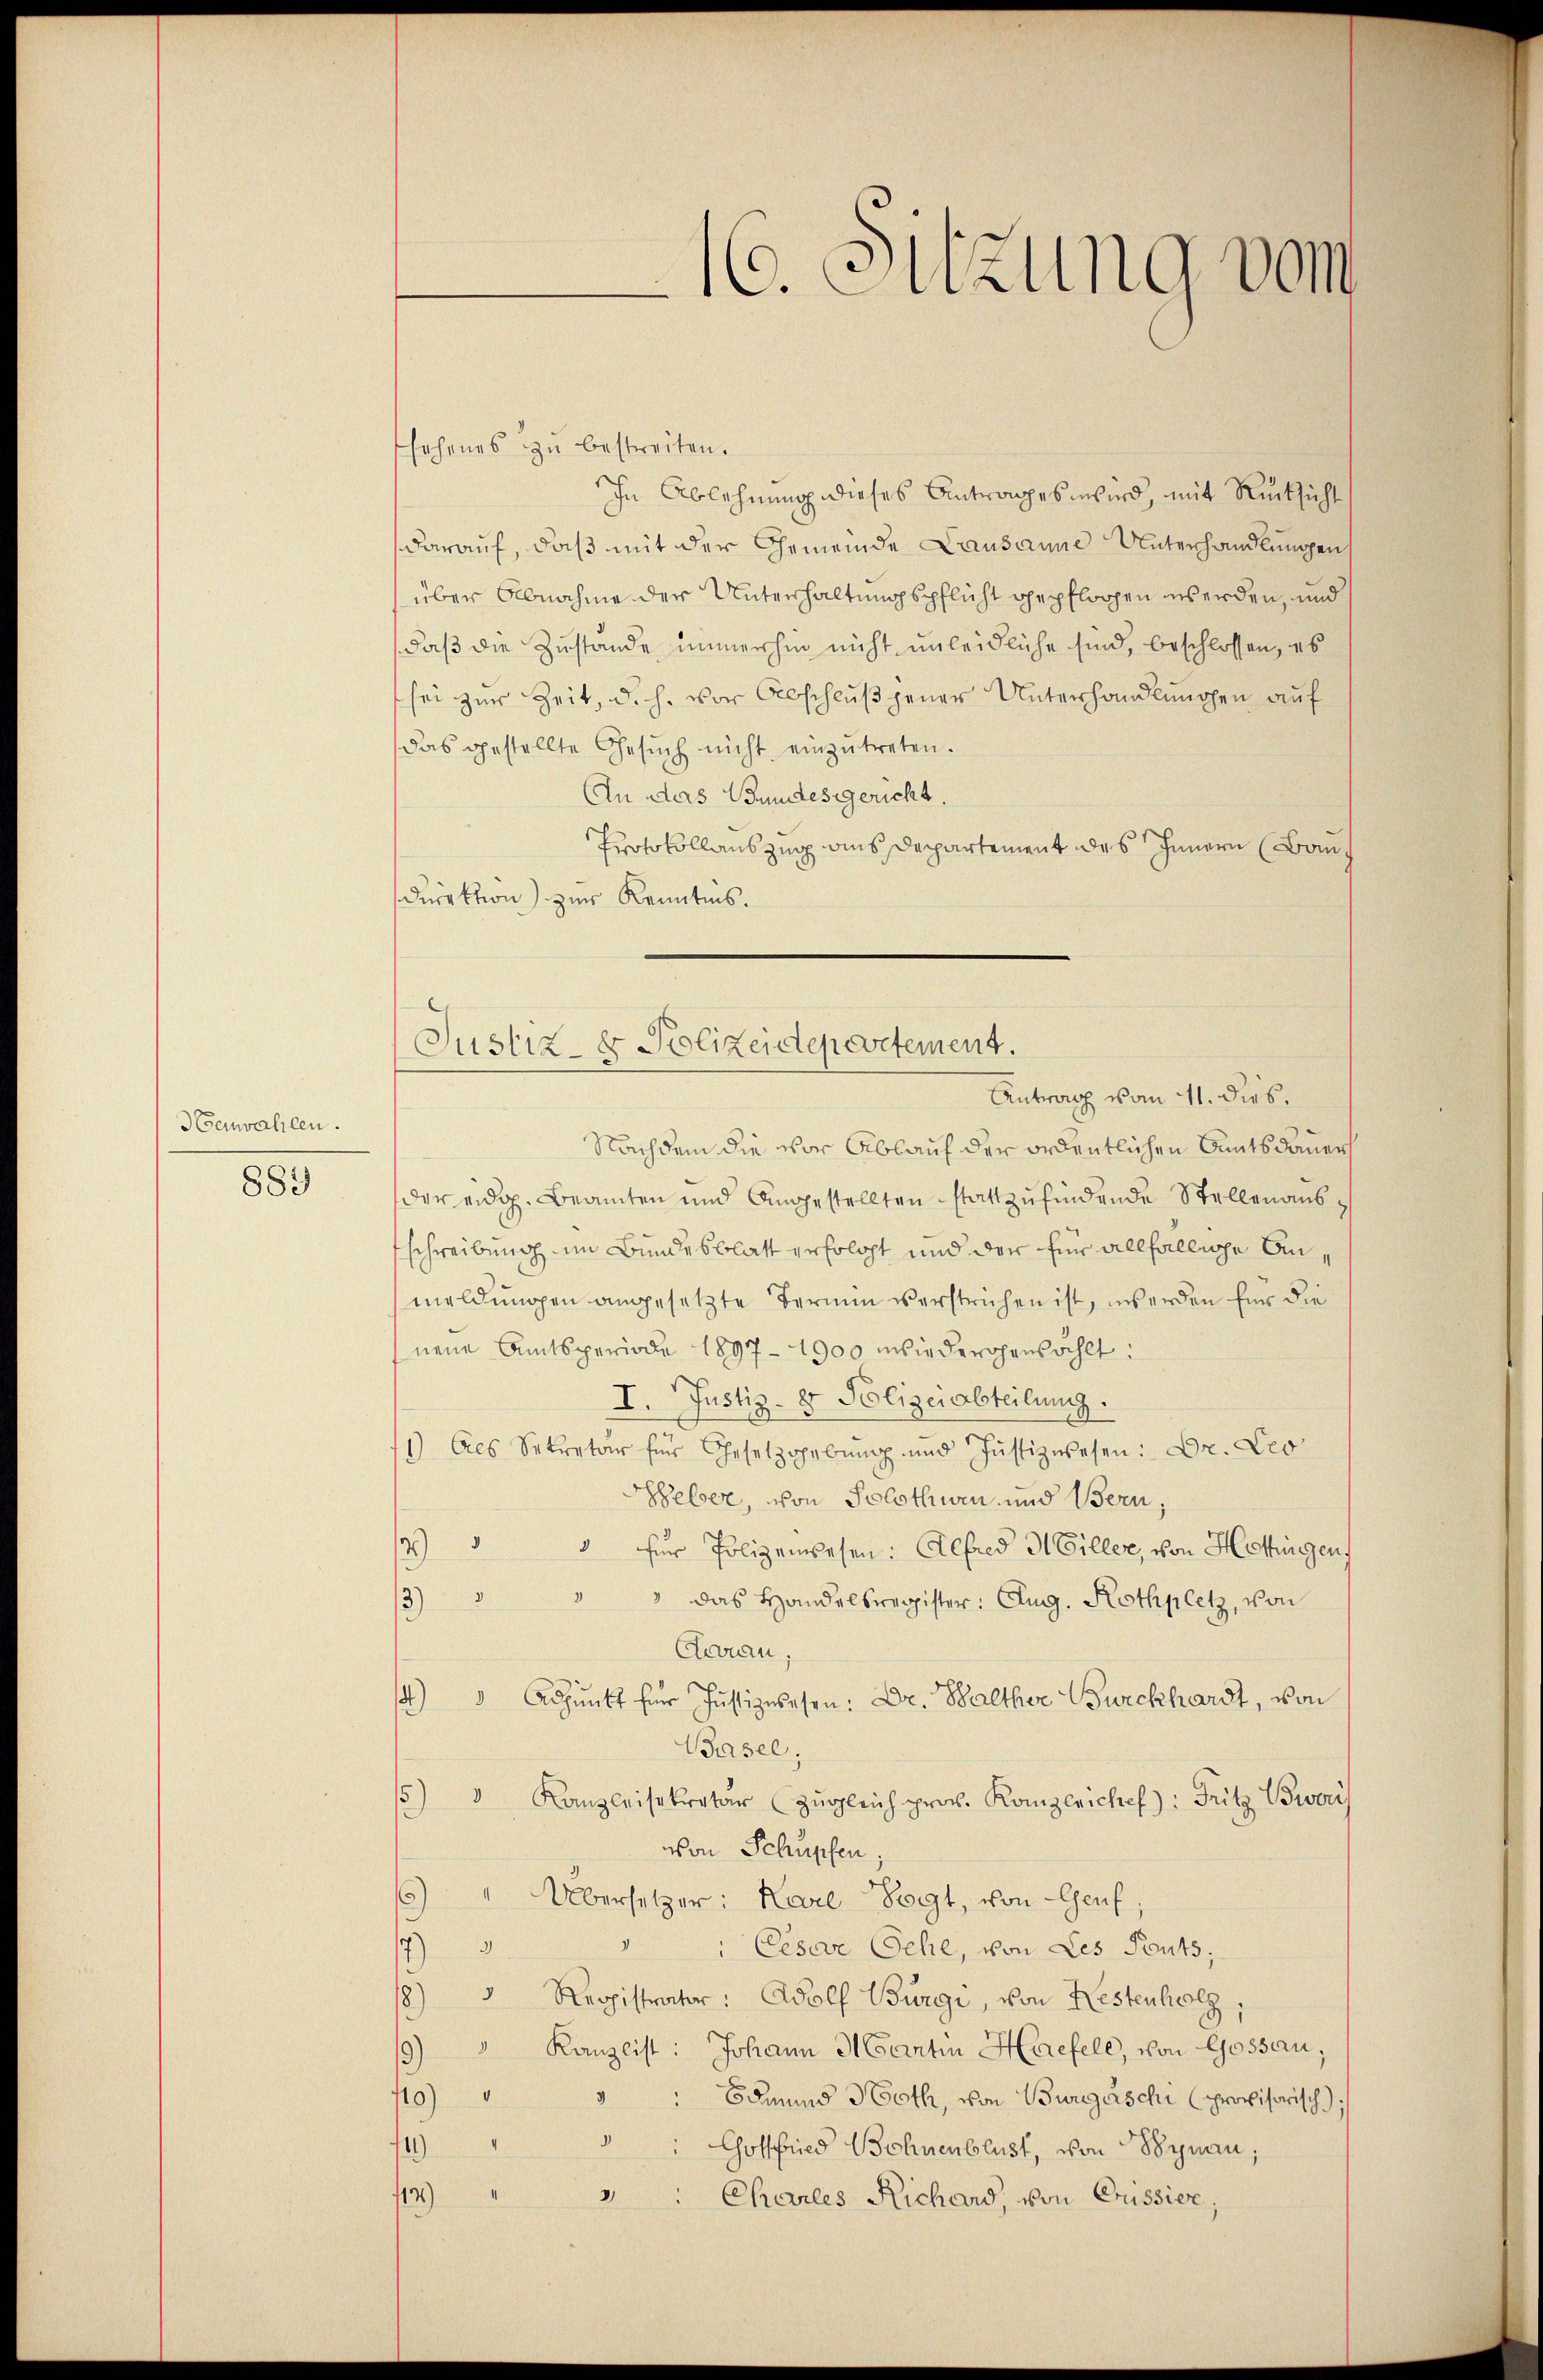
Henwahlen.
889

sehenes zŭ bestreiten.
In Ablehnung dieses Antrages wird, mit Rücksicht
darauf, daß mit der Gemeinde Lausanne Unterhandlungen
über Abnahme der Unterhaltungspflicht gepflossen werden, und
daß die Zustande immerhin nicht unleidliche sind, beschlossen, es
sei zur Zeit, d. h. vor Abschluß jener Unterhandlungen auf
das gestellte Gesŭch nicht einzŭtreten.
An das Bundesgericht.
Protokollauszug aus Departement des Innern (Bau
Direktion) zur Kenntnis.
Nachdem die vor Ablauf der ordentlichen Amtsdauer
der eidg. Beamten und Angestellten stattzufindende Stellenausschreibung im Bundesblatt erfolgt und der für allfällige Anmeldungen angesetzte Termin verstrichen ist, werden für die
neue Amtsperiode 1897-1900 wiederohenzählt:
I. Justiz- & Polizeiabteilung.
1) Als Sekretär für Gesetzgebung und Justizwesen: Dr. Leo
Heber, von Solothurn und Bern,
/2) " " für Polizeiwesen: Alfred H Ciller, von Hottingen
3) " " " das Handelsregister: Aug. Rothplatz, von
Caran,
4) " Adjunkt für Justizwesen: Dr. Balther Burckhardt, von
Basel,
5) " Kanzleisekretär (Zŭgleich prov. Kanzleichef): Fritz Bwais
i
von Schupfen
6) " Übersetzer: Karl Vogt, von Genf,
.
 Cesare Sehe, von Les Puts;
8) " Registrater: Adolf Bürgi, von Restenholz,
/9) " Kanzlist: Johann Martin Harefell, von Gossau,
110) " " " Bdmund Noth, von Burgeschi (provisorisch)
4
14)
 Gottfried Bohnenblust, von Dynau;
d
21
14)
Charles Richard, von Crissive,

16. Sitzung vom

Justiz- & Polizeidepertement.
Antrag vom 11. dies.